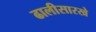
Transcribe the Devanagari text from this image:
ढालीसारखे